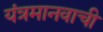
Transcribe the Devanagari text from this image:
यंत्रमानवाची